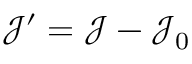
\mathcal J ^ { \prime } = \mathcal J - \mathcal J _ { 0 }